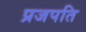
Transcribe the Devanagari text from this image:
प्रजपति